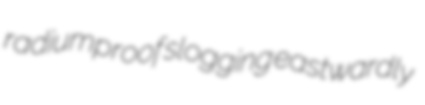
radiumproof slogging eastwardly